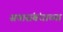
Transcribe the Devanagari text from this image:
सत्तासंबंधाच्या